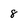
Character: 8